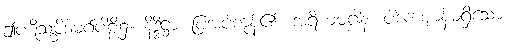
ဤပဋိသမ္ဘိဒါမဂ်ပါဠိ၌။ နိဒ္ဒိဋ္ဌာ၊ ပြအပ်ကုန်၏။ အရိယမဂ္ဂါနံ၊ ပါဒကဈာန်မရှိသော